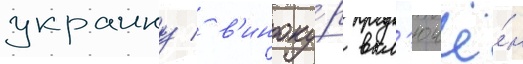
украину / в'иноку́р вкл'ючё́н